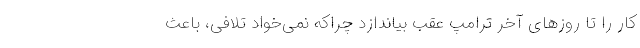
کار را تا روزهای آخر ترامپ عقب بیاندازد چراکه نمی‌خواد تلافی، باعث